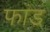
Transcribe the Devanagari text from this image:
फांड